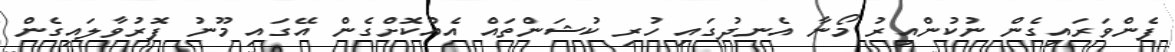
ފެންވަރައިގެން ނުކުންއިރު މޯނާ އެނދުގައި ހުރި ކުޝަންތައް އެއްކޮށްގެން އޭގައި މޫނު ފޮރުވާލައިގެން